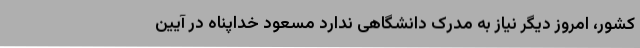
کشور، امروز دیگر نیاز به مدرک دانشگاهی ندارد مسعود خداپناه در آیین